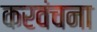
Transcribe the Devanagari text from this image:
करवंचना